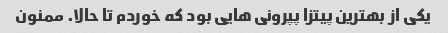
یکی از بهترین پیتزا پپرونی هایی بود که خوردم تا حالا. ممنون